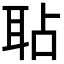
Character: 𦕒